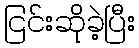
ငြင်းဆိုခဲ့ပြီး